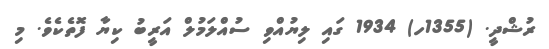
ރުޝްދީ. (1355ހ) 1934 ގައި ލިޔުއްވި ސުއްލަމުލް އަރީބު ކިޔާ ފޮތެކެވެ. މި